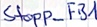
Text: Stopp_FB1